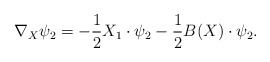
\begin{align*}\nabla_X\psi_2=-\frac{1}{2}X_1\cdot\psi_2-\frac{1}{2}B(X)\cdot\psi_2.\end{align*}